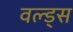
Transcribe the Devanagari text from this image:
वल्ड्स